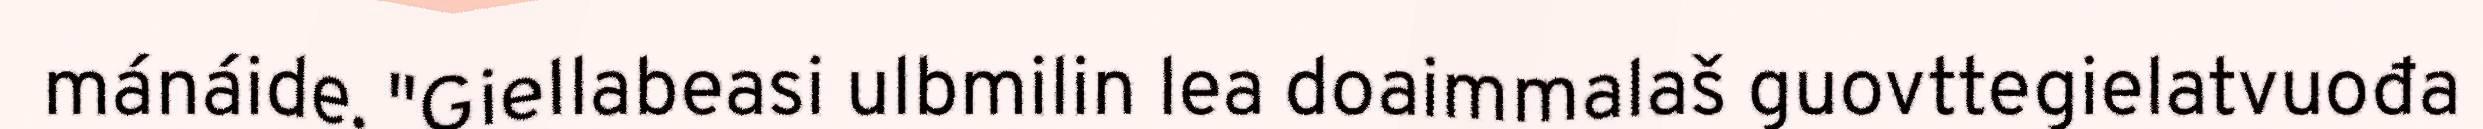
mánáide. "Giellabeasi ulbmilin lea doaimmalaš guovttegielatvuođa